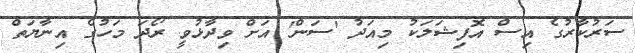
ސަރުކާރުގެ އިސް އޮފިޝަލަކު މިއަދު 'ސަން' އަށް ވިދާޅުވީ ރޯދަ މަހުގެ އިނާޔަތް